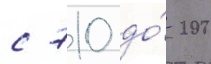
с 710 до́ 200